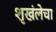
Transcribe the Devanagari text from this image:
शृखंलेचा